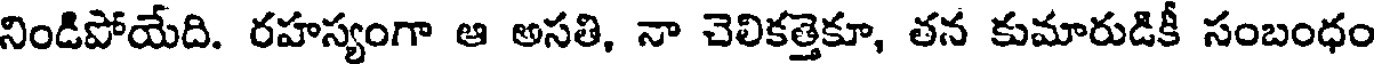
నిండిపోయేది. రహస్యంగా ఆ అసతి, నా చెలికత్తెకూ, తన కుమారుడికీ సంబంధం